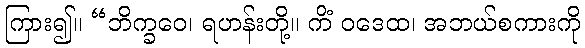
ကြား၍။ “ဘိက္ခဝေ၊ ရဟန်းတို့။ ကိံ ဝဒေထ၊ အဘယ်စကားကို